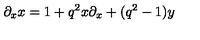
\partial _ { x } x = 1 + q ^ { 2 } x \partial _ { x } + ( q ^ { 2 } - 1 ) y \,